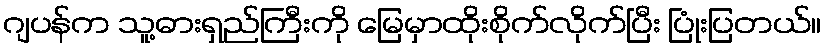
ဂျပန်က သူ့ဓားရှည်ကြီးကို မြေမှာထိုးစိုက်လိုက်ပြီး ပြုံးပြတယ်။